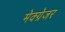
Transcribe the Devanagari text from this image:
मेक्ग्रेजर